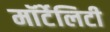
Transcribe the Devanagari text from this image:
मॉर्टेलिटी